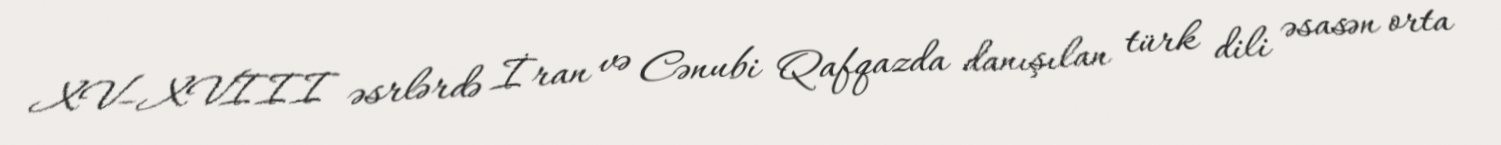
XV–XVIII əsrlərdə İran və Cənubi Qafqazda danışılan türk dili əsasən orta